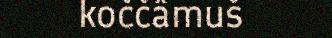
koččâmuš